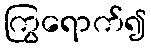
ကြွရောက်၍